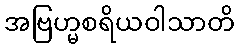
အဗြဟ္မစရိယဝါသာတိ